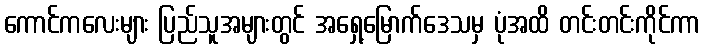
ကောင်ကလေးများ ပြည်သူအများတွင် အရှေ့မြောက်ဒေသမှ ပုံအထိ တင်းတင်းကိုင်ကာ